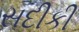
સદીકી